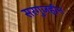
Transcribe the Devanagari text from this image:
सरगुजहीन